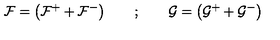
{ \cal F } = \left( { \cal F } ^ { + } + { \cal F } ^ { - } \right) \qquad ; \qquad { \cal G } = \left( { \cal G } ^ { + } + { \cal G } ^ { - } \right)